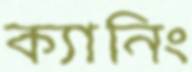
ক্যানিং